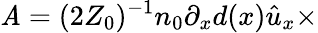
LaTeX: \mathit{A}=(2Z_{0})^{-1}n_{0}\partial_{x}{d}(x)\hat{{u}}_{x}\times